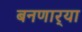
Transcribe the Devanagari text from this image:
बनणार्‍या